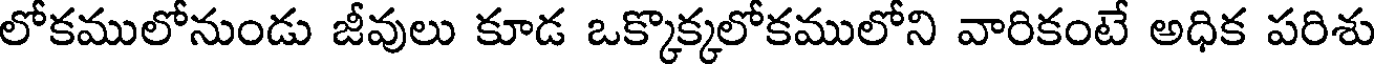
లోకములోనుండు జీవులు కూడ ఒక్కొక్కలోకములోని వారికంటే అధిక పరిశు